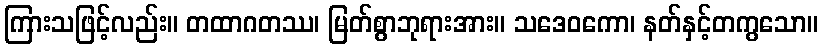
ကြားသဖြင့်လည်း။ တထာဂတဿ၊ မြတ်စွာဘုရားအား။ သဒေဝကော၊ နတ်နှင့်တကွသော။